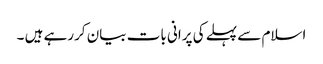
اسلام سے پہلے کی پرانی بات بیان کررہے ہیں ۔